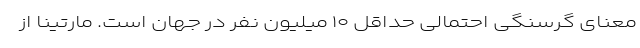
معنای گرسنگی احتمالی حداقل ۱۰ میلیون نفر در جهان است. مارتینا از